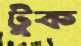
টুক